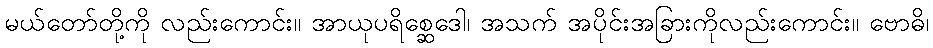
မယ်တော်တို့ကို လည်းကောင်း။ အာယုပရိစ္ဆေဒေါ၊ အသက် အပိုင်းအခြားကိုလည်းကောင်း။ ဗောဓိ၊